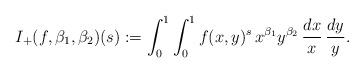
LaTeX: \begin{align*}I_+(f,\beta_1,\beta_2)(s):=\int_0^1 \int_0^1 f(x,y)^s\, x^{\beta_1} y^{ \beta_2}\, \frac{dx}{x}\, \frac{dy}{y}.\end{align*}